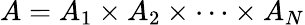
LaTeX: A=A_{1}\times A_{2}\times\dotsb\times A_{N}